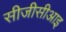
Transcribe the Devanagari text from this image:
सीजीसीआइ